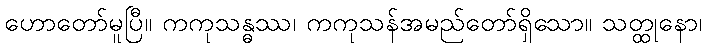
ဟောတော်မူပြီ။ ကကုသန္ဓဿ၊ ကကုသန်အမည်တော်ရှိသော။ သတ္ထုနော၊